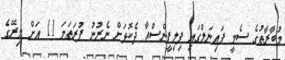
މުބާރާތުގެ ސެމީ ފައިނަލްގައި ފިިލިޕީންސްއާ ދެކޮޅަށް ނެރުނު ފުރަތަމަ 11 އަށް މިރޭގެ